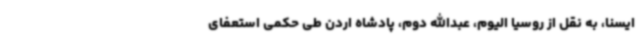
ایسنا، به نقل از روسیا الیوم، عبدالله دوم، پادشاه اردن طی حکمی استعفای